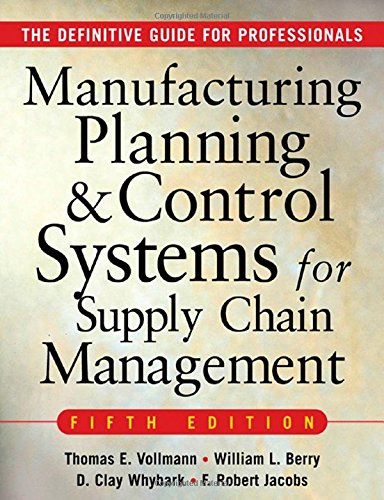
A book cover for MANUFACTURING PLANNING AND CONTROL SYSTEMS FOR SUPPLY CHAIN MANAGEMENT : The Definitive Guide for Professionals; Thomas Vollmann; Business & Money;